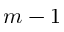
m - 1